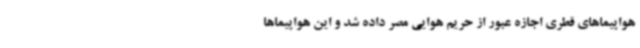
هواپیماهای قطری اجازه عبور از حریم هوایی مصر داده شد و این هواپیماها